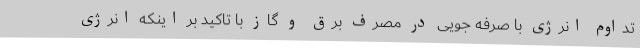
تداوم انرژی با صرفه جویی در مصرف برق و گاز با تاکید بر اینکه انرژی